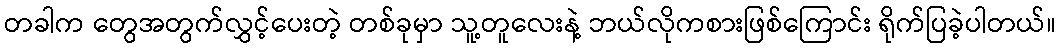
တခါက တွေအတွက်လွှင့်ပေးတဲ့ တစ်ခုမှာ သူ့တူလေးနဲ့ ဘယ်လိုကစားဖြစ်ကြောင်း ရိုက်ပြခဲ့ပါတယ်။